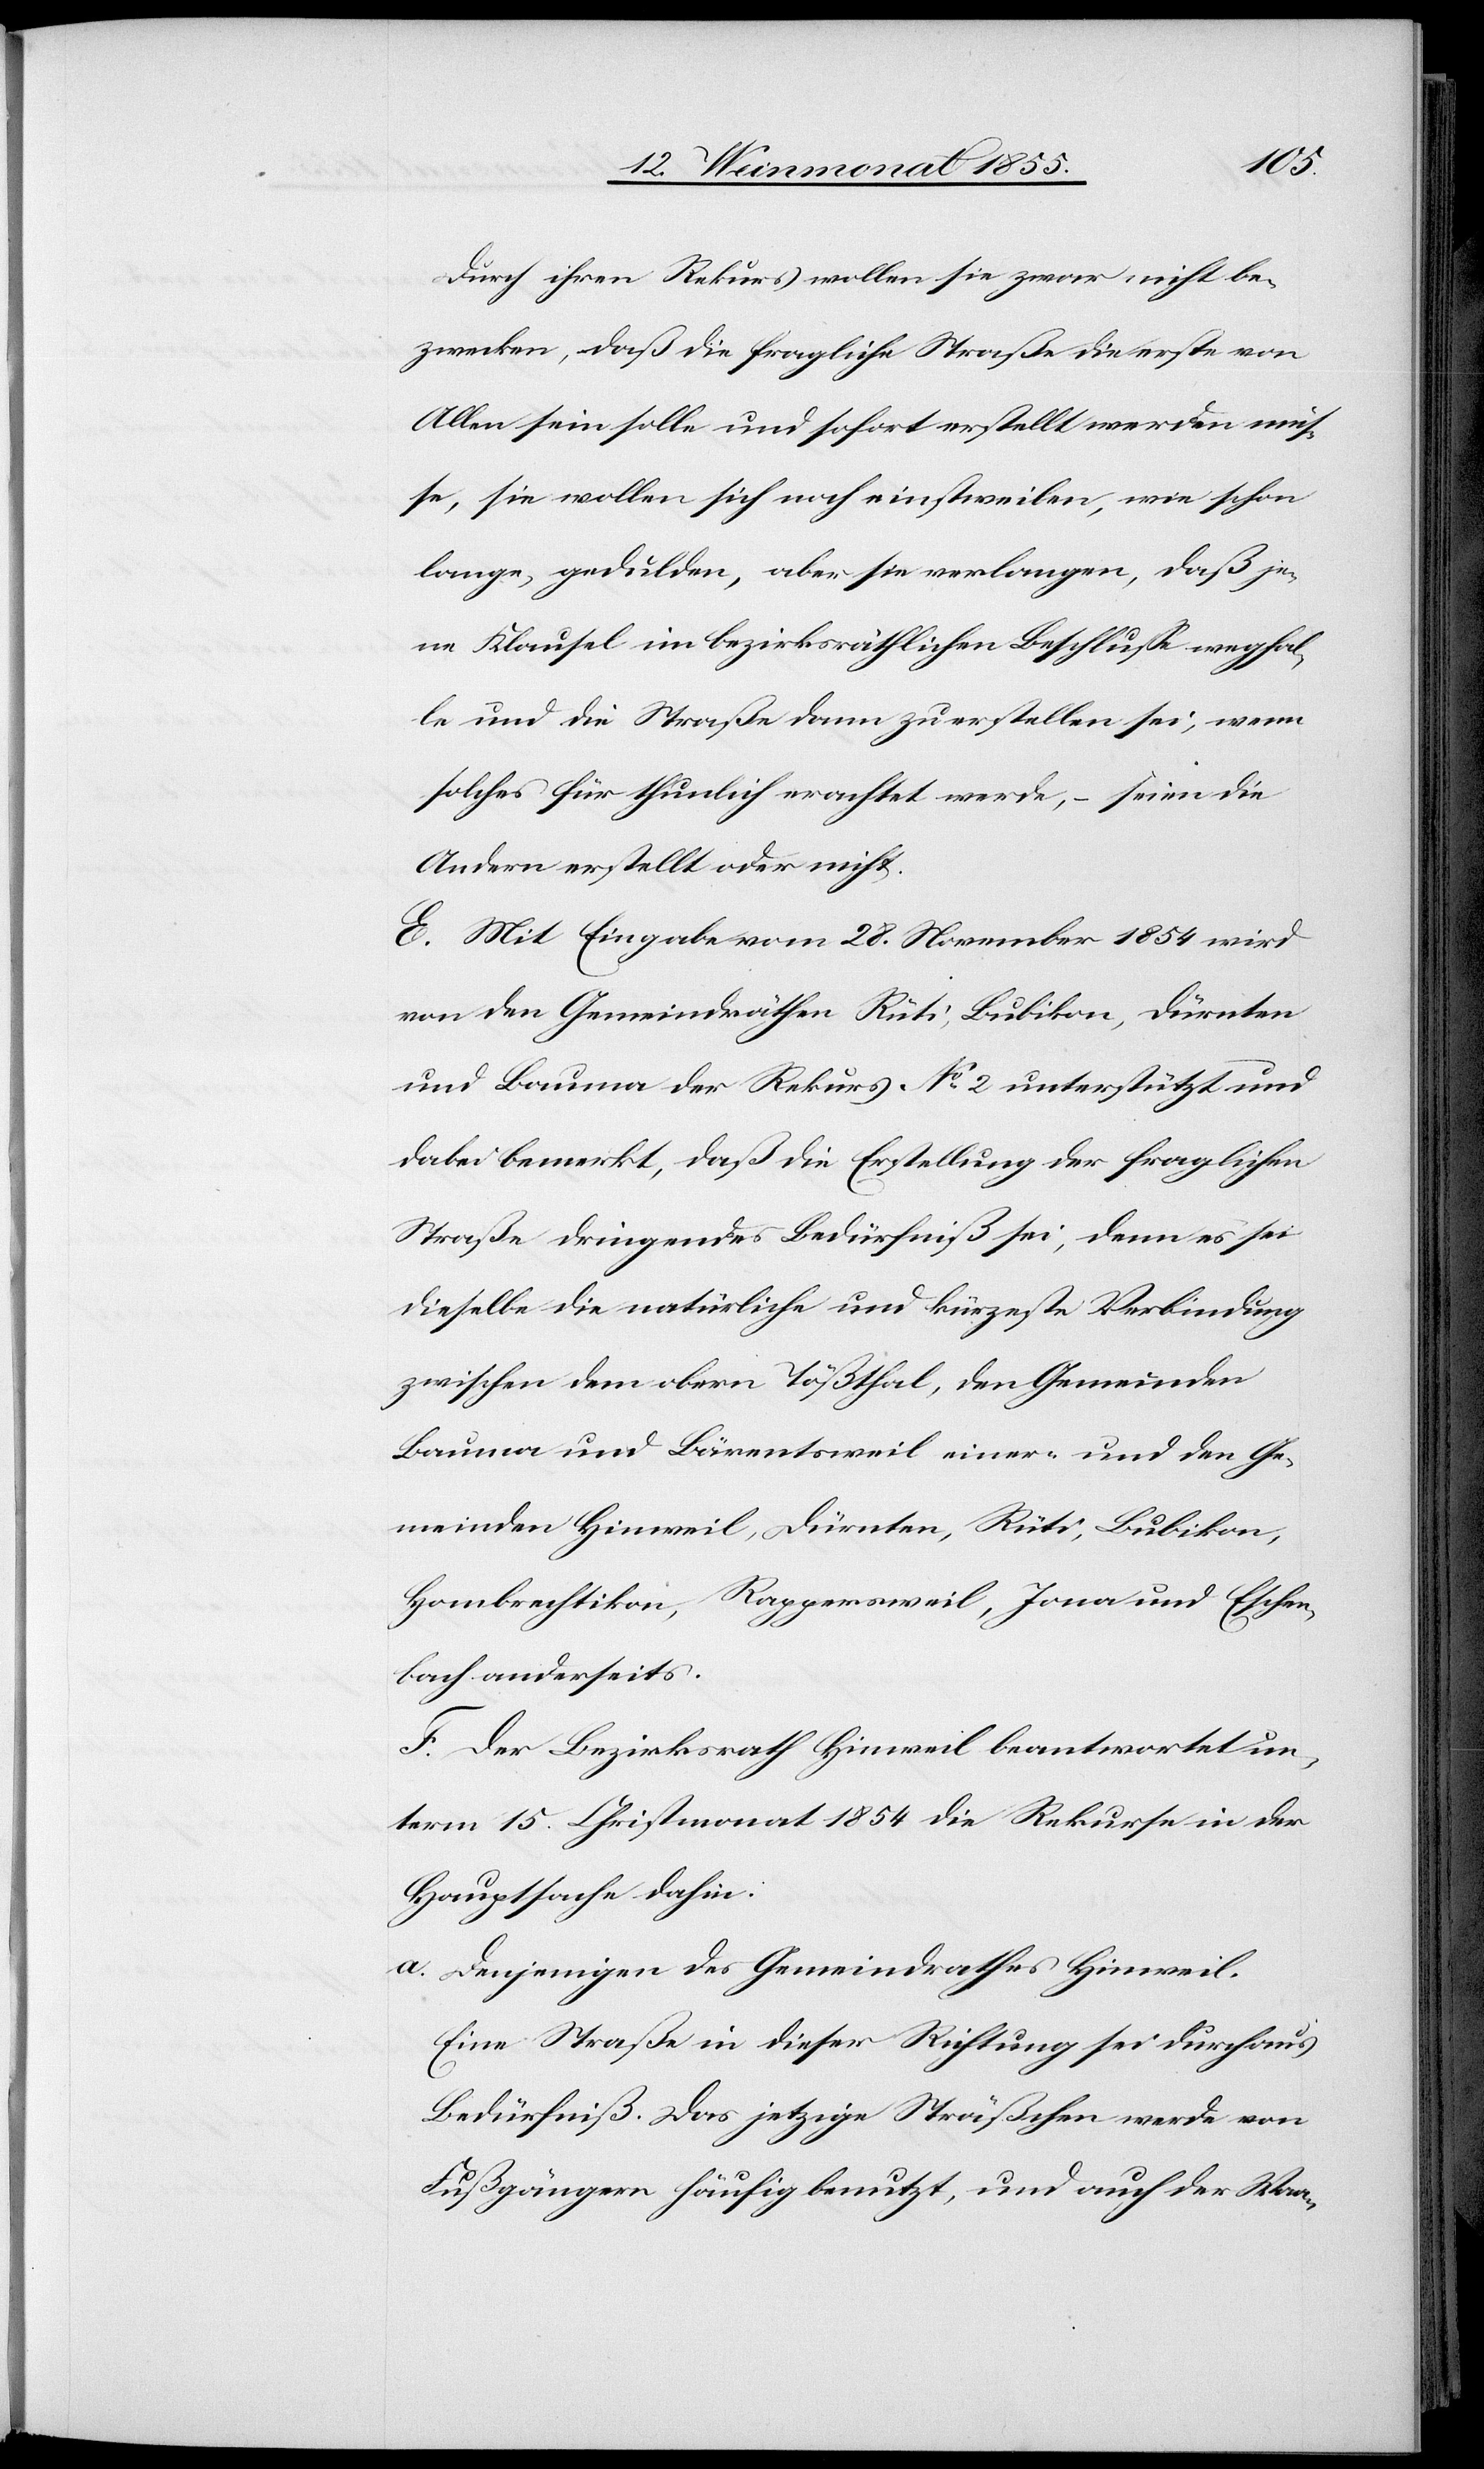
Durch ihren Rekurs wollen sie zwar nicht be¬
zwecken, daß die fragliche Straße die erste von
Allen sein solle und sofort erstellt werden müs¬
se, sie wollen sich noch einstweilen, wie schon
lange, gedulden, aber sie verlangen, daß je¬
ne Klausel im bezirksräthlichen Beschlusse wegfal¬
le und die Straße dann zu erstellen sei, wenn
solches für thunlich erachtet werde, – seien die
Andern erstellt oder nicht.
E. Mit Eingabe vom 28. November 1854 wird
von den Gemeindräthen Rüti, Bubikon, Dürnten
und Bauma der Rekurs No 2 unterstützt und
dabei bemerkt, daß die Erstellung der fraglichen
Straße dringendes Bedürfniß sei, denn es sei
dieselbe die natürliche und kürzeste Verbindung
zwischen dem obern Tößthal, den Gemeinden
Bauma und Bärentsweil einer- und den Ge¬
meinden Hinweil, Dürnten, Rüti, Bubikon,
Hombrechtikon, Rappersweil, Jona und Eschen¬
bach anderseits.
F. Der Bezirksrath Hinweil beantwortet un¬
term 15. Christmonat 1854 die Rekurse in der
Hauptsache dahin:
a. Denjenigen des Gemeindrathes Hinweil.
Eine Straße in dieser Richtung sei durchaus
Bedürfniß. Das jetzige Sträßchen werde von
Fußgängern häufig benutzt, und auch der Waa-